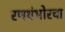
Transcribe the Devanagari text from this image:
रणथंभोरचा